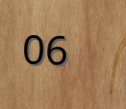
06